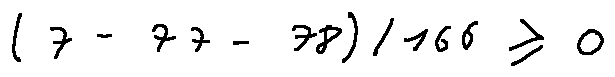
( 7 - 7 7 - 7 8 ) / 1 6 6 \geq 0